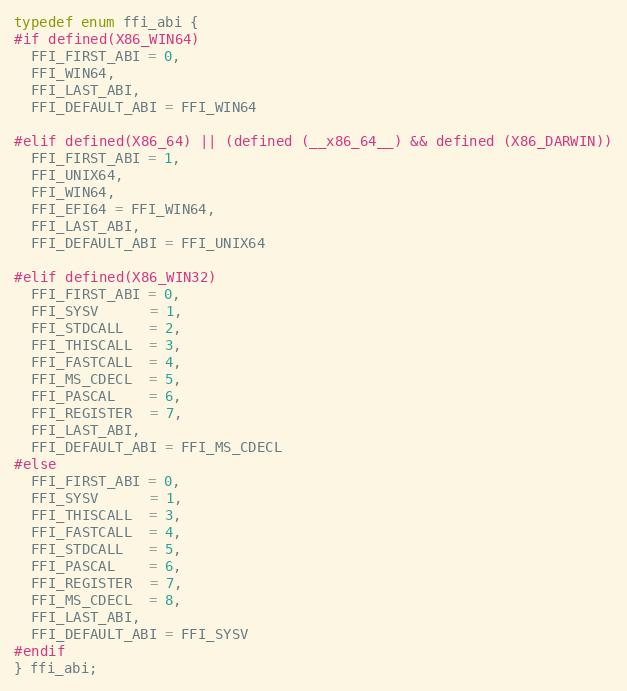
Language: C
typedef enum ffi_abi {
#if defined(X86_WIN64)
  FFI_FIRST_ABI = 0,
  FFI_WIN64,
  FFI_LAST_ABI,
  FFI_DEFAULT_ABI = FFI_WIN64

#elif defined(X86_64) || (defined (__x86_64__) && defined (X86_DARWIN))
  FFI_FIRST_ABI = 1,
  FFI_UNIX64,
  FFI_WIN64,
  FFI_EFI64 = FFI_WIN64,
  FFI_LAST_ABI,
  FFI_DEFAULT_ABI = FFI_UNIX64

#elif defined(X86_WIN32)
  FFI_FIRST_ABI = 0,
  FFI_SYSV      = 1,
  FFI_STDCALL   = 2,
  FFI_THISCALL  = 3,
  FFI_FASTCALL  = 4,
  FFI_MS_CDECL  = 5,
  FFI_PASCAL    = 6,
  FFI_REGISTER  = 7,
  FFI_LAST_ABI,
  FFI_DEFAULT_ABI = FFI_MS_CDECL
#else
  FFI_FIRST_ABI = 0,
  FFI_SYSV      = 1,
  FFI_THISCALL  = 3,
  FFI_FASTCALL  = 4,
  FFI_STDCALL   = 5,
  FFI_PASCAL    = 6,
  FFI_REGISTER  = 7,
  FFI_MS_CDECL  = 8,
  FFI_LAST_ABI,
  FFI_DEFAULT_ABI = FFI_SYSV
#endif
} ffi_abi;